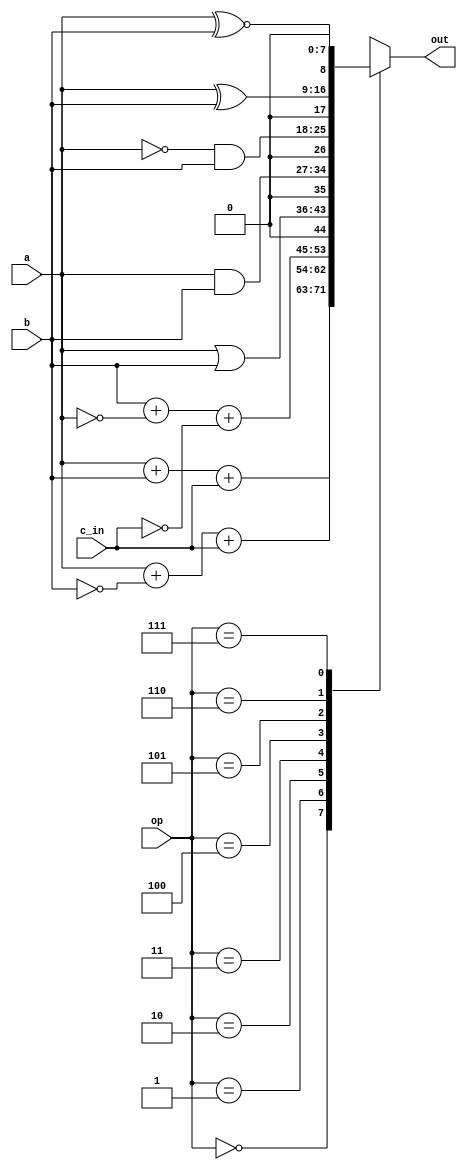
module alu_p #(parameter WIDTH=8)
	(output reg [WIDTH:0] out,
		input [WIDTH-1:0] a, b, input c_in, input [2:0]op);
	parameter [2:0]
		OP_ADD  = 0,
		OP_SUB  = 1,
		OP_SUBB = 2,
		OP_OR   = 3,
		OP_AND  = 4,
		OP_NOT  = 5,
		OP_XOR  = 6,
		OP_XNOR = 7;

	always @(a, b, op, c_in)
		case (op)
			OP_ADD: out <= a + b + c_in;
			OP_SUB: out <= a + (~b) + c_in;
			OP_SUBB:out <= b + (~a) + (~c_in);
			OP_OR:  out <= {1'b0, a | b};
			OP_AND: out <= {1'b0, a & b};
			OP_NOT: out <= {1'b0, (~a) & b};
			OP_XOR: out <= {1'b0, a ^ b};
			OP_XNOR:out <= {1'b0, a ~^ b};
		endcase
endmodule